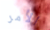
الأمر